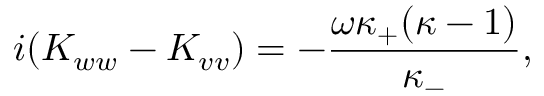
i ( K _ { w w } - K _ { v v } ) = - \frac { \omega \kappa _ { + } ( \kappa - 1 ) } { \kappa _ { - } } ,